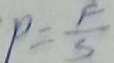
p = \frac { F } { S }